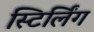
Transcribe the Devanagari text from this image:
स्टिर्लिंग